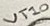
Text: VT10